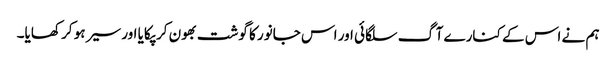
ہم نے اس کے کنارے آگ سلگائی اور اس جانور کا گوشت بھون کر پکایا اور سیر ہو کر کھایا۔